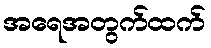
အရေအတွက်ထက်